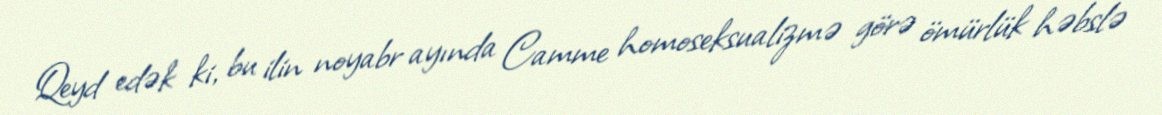
Qeyd edək ki, bu ilin noyabr ayında Camme homoseksualizmə görə ömürlük həbslə